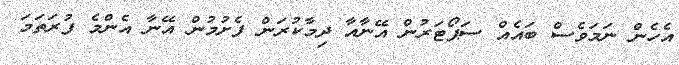
އެހެން ނަމަވެސް ބައެއް ސަޕޯޓަރުން އޭނާއާ ދިމާކުރަން ފެށުމުން އޭނާ އެންމެ ފުރަތަމަ